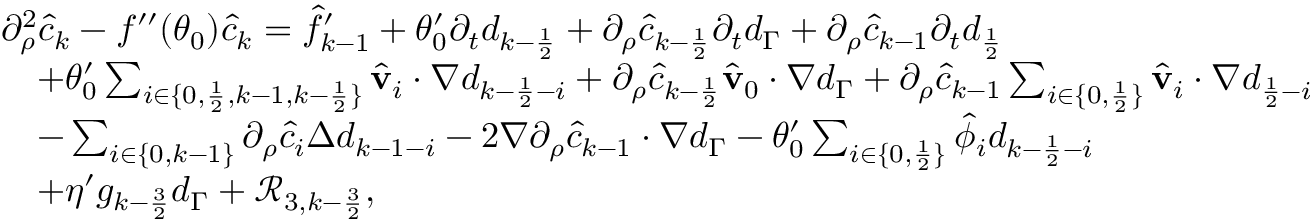
\begin{array} { r l } & { \partial _ { \rho } ^ { 2 } \hat { c } _ { k } - f ^ { \prime \prime } ( \theta _ { 0 } ) \hat { c } _ { k } = \hat { f } _ { k - 1 } ^ { \prime } + \theta _ { 0 } ^ { \prime } \partial _ { t } d _ { k - \frac { 1 } { 2 } } + \partial _ { \rho } \hat { c } _ { k - \frac { 1 } { 2 } } \partial _ { t } d _ { \Gamma } + \partial _ { \rho } \hat { c } _ { k - 1 } \partial _ { t } d _ { \frac { 1 } { 2 } } } \\ & { \quad + \theta _ { 0 } ^ { \prime } \sum _ { i \in \{ 0 , \frac { 1 } { 2 } , k - 1 , k - \frac { 1 } { 2 } \} } \hat { \mathbf { v } } _ { i } \cdot \nabla d _ { k - \frac { 1 } { 2 } - i } + \partial _ { \rho } \hat { c } _ { k - \frac { 1 } { 2 } } \hat { \mathbf { v } } _ { 0 } \cdot \nabla d _ { \Gamma } + \partial _ { \rho } \hat { c } _ { k - 1 } \sum _ { i \in \{ 0 , \frac 1 2 \} } \hat { \mathbf { v } } _ { i } \cdot \nabla d _ { \frac { 1 } { 2 } - i } } \\ & { \quad - \sum _ { i \in \{ 0 , k - 1 \} } \partial _ { \rho } \hat { c } _ { i } \Delta d _ { k - 1 - i } - 2 \nabla \partial _ { \rho } \hat { c } _ { k - 1 } \cdot \nabla d _ { \Gamma } - \theta _ { 0 } ^ { \prime } \sum _ { i \in \{ 0 , \frac 1 2 \} } \hat { \phi } _ { i } d _ { k - \frac { 1 } { 2 } - i } } \\ & { \quad + \eta ^ { \prime } g _ { k - \frac { 3 } { 2 } } d _ { \Gamma } + \mathcal { R } _ { 3 , k - \frac { 3 } { 2 } } , } \end{array}